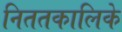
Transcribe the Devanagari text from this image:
निततकालिके